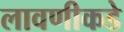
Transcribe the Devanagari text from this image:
लावणीकडे